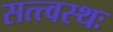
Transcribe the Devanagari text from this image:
सत्त्वस्थः